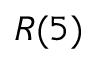
R ( 5 )